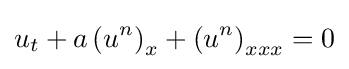
u_{t}+a\left(u^{n}\right)_{x}+\left(u^{n}\right)_{xxx}=0